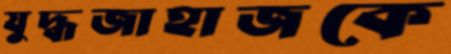
যুদ্ধজাহাজকে